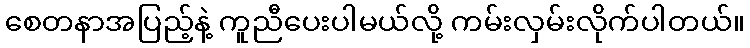
စေတနာအပြည့်နဲ့ ကူညီပေးပါမယ်လို့ ကမ်းလှမ်းလိုက်ပါတယ်။